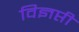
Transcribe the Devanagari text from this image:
विज्ञप्ती